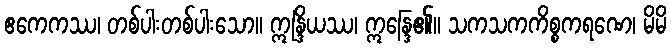
ဧကေကဿ၊ တစ်ပါးတစ်ပါးသော။ ဣန္ဒြိယဿ၊ ဣန္ဒြေ၏။ သကသကကိစ္စကရဏေ၊ မိမိ